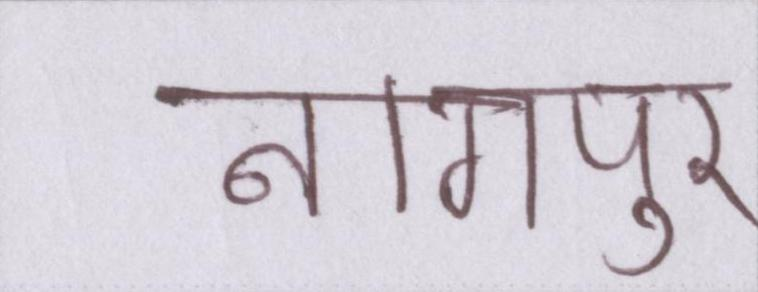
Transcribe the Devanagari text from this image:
नागपुर